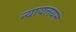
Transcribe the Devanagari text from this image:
न्यायलयने